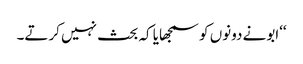
‘‘ابونے دونوں کو سمجھایا کہ بحث نہیں کرتے۔